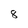
Character: 8